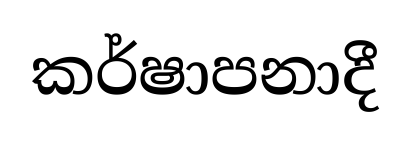
කර්ෂාපනාදී